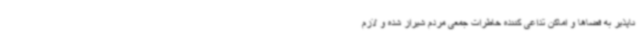
ناپذیر به فضاها و اماکن تداعی کننده خاطرات جمعی مردم شیراز شده و لازم